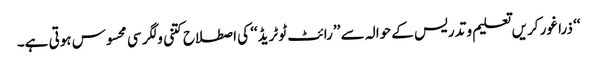
‘‘ ذرا غور کریں تعلیم و تدریس کے حوالہ سے ’’رائٹ ٹو ٹریڈ‘‘ کی اصطلاح کتنی ولگر سی محسوس ہوتی ہے۔